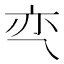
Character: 亪